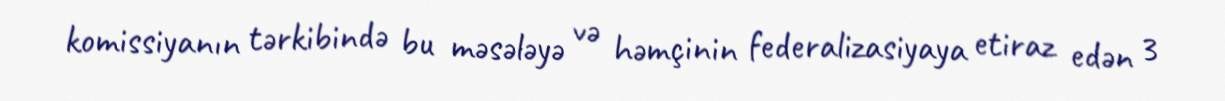
komissiyanın tərkibində bu məsələyə və həmçinin federalizasiyaya etiraz edən 3